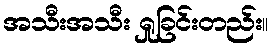
အသီးအသီး ရှုခြင်းတည်း။